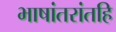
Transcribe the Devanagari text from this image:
भाषांतरांतहि